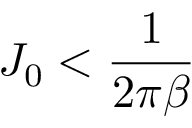
J _ { 0 } < \frac { 1 } { 2 \pi \beta }